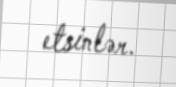
etsinlər.